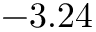
- 3 . 2 4